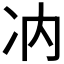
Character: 𪞗